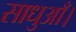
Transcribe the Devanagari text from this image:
साधुआँ।